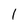
Character: 1